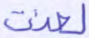
لعنت